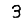
Digit: 3